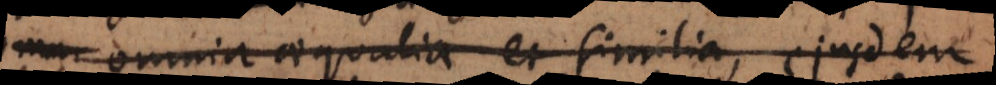
per omnia aequalia et similia, ejusdem